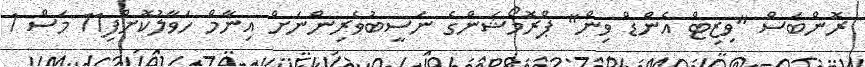
ރޮންބަސް "ވިޒިޓް އެންްޑް ވިން" ޕްރޮމޯޝަންގެ ނަސީބުވެރިންނަށް އިނާމް ހަވާލުކޮށްފި11 މަސް 1